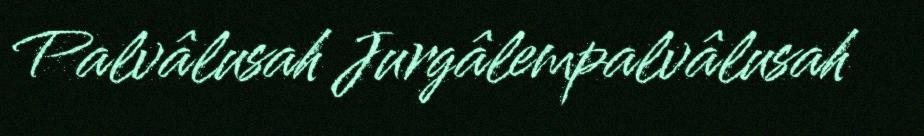
Palvâlusah Jurgâlempalvâlusah